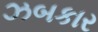
ઝબકાર